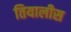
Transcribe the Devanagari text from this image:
तियालीस